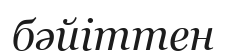
бәйіттен